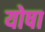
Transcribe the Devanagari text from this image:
योषा